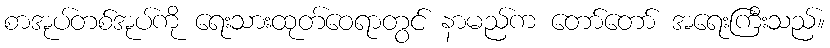
စာအုပ်တစ်အုပ်ကို ရေးသားထုတ်ဝေရာတွင် နာမည်က တော်တော် အရေးကြီးသည်။